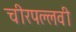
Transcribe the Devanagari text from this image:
चीरपल्लवी